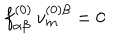
f _ { \alpha \beta } ^ { ( 0 ) } \, v _ { m } ^ { ( 0 ) \beta } = 0